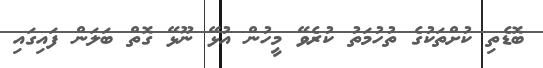
ބޮޑެތި ކުށްތަކުގެ ތުހުމަތު ކުރެވޭ މީހުން އުޅޭ ނޫޅޭ ގޮތް ބަލަން ފައިގައި